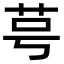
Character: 𫇯